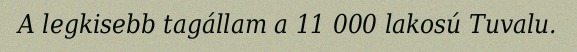
A legkisebb tagállam a 11 000 lakosú Tuvalu.